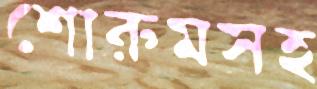
শোরুমসহ